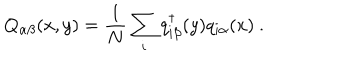
Q _ { \alpha \beta } ( x , y ) = \frac { 1 } { N } \sum _ { i } q _ { i \beta } ^ { \dagger } ( y ) q _ { i \alpha } ( x ) \ .